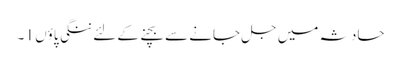
حادثہ میں جل جانے سے بچنے کے لئے ننگی پاؤں 1 ۔